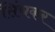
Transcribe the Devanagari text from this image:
सिंचकर